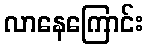
လာနေကြောင်း